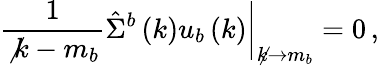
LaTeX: \frac{1}{\not{k}-m_{b}}\hat{\Sigma}^{b}\left(k\right)u_{b}\left(k\right)\bigg|_{\not{k}\rightarrow m_{b}}=0\, ,